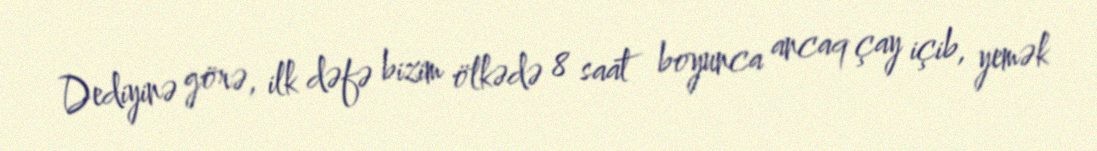
Dediyinə görə, ilk dəfə bizim ölkədə 8 saat boyunca ancaq çay içib, yemək